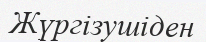
Жүргізушіден